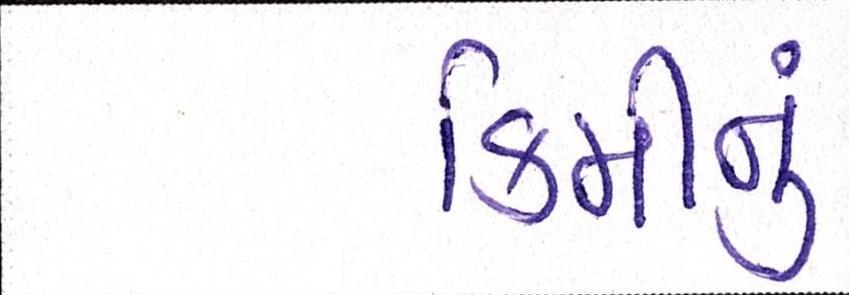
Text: કિમીનું